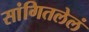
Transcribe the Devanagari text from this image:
सांगितलेलं